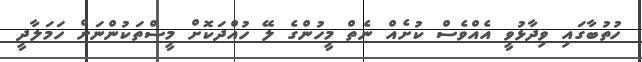
ހުތުބާގައި ވިދާޅުވީ އެއްވެސް ކުށެއް ނެތް މީހުންގެ ލޭ ހުއްދަކޮށް މީސްތަކުންނަށް ހަމަލާދީ